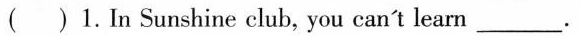
()1.In Sunshine club, you can't learn___